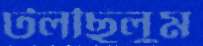
টলছিলুম